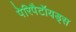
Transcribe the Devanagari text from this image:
पेरिपैटॉयड्स